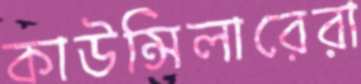
কাউন্সিলারেরা